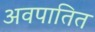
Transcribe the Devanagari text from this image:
अवपातित